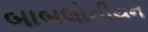
બાબલોનીયન